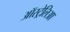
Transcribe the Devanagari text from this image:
ऑस्ट्रेलिआ